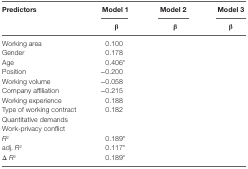
<table><thead><tr><td><b>Predictors</b></td><td><b>Model 1</b></td><td><b>Model 2</b></td><td><b>Model 3</b></td></tr><tr><td>[EMPTY_CELL]</td><td><b>β</b></td><td><b>β</b></td><td><b>β</b></td></tr></thead><tbody><tr><td>Working area</td><td>0.100</td><td>[EMPTY_CELL]</td><td>[EMPTY_CELL]</td></tr><tr><td>Gender</td><td>0.178</td><td>[EMPTY_CELL]</td><td>[EMPTY_CELL]</td></tr><tr><td>Age</td><td>0.406*</td><td>[EMPTY_CELL]</td><td>[EMPTY_CELL]</td></tr><tr><td>Position</td><td>−0.200</td><td>[EMPTY_CELL]</td><td>[EMPTY_CELL]</td></tr><tr><td>Working volume</td><td>−0.058</td><td>[EMPTY_CELL]</td><td>[EMPTY_CELL]</td></tr><tr><td>Company affiliation</td><td>−0.215</td><td>[EMPTY_CELL]</td><td>[EMPTY_CELL]</td></tr><tr><td>Working experience</td><td>0.188</td><td>[EMPTY_CELL]</td><td>[EMPTY_CELL]</td></tr><tr><td>Type of working contract</td><td>0.182</td><td>[EMPTY_CELL]</td><td>[EMPTY_CELL]</td></tr><tr><td>Quantitative demands</td><td>[EMPTY_CELL]</td><td>[EMPTY_CELL]</td><td>[EMPTY_CELL]</td></tr><tr><td>Work-privacy conflict</td><td>[EMPTY_CELL]</td><td>[EMPTY_CELL]</td><td>[EMPTY_CELL]</td></tr><tr><td><i>R</i><sup>2</sup></td><td>0.189*</td><td>[EMPTY_CELL]</td><td>[EMPTY_CELL]</td></tr><tr><td>adj. <i>R</i><sup>2</sup></td><td>0.117*</td><td>[EMPTY_CELL]</td><td>[EMPTY_CELL]</td></tr><tr><td>Δ <i>R</i><sup>2</sup></td><td>0.189*</td><td>[EMPTY_CELL]</td><td>[EMPTY_CELL]</td></tr></tbody></table>